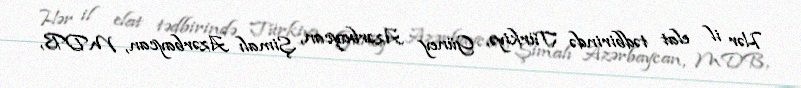
Hər il elat tədbirində Türkiyə, Güney Azərbaycan, Şimalı Azərbaycan, MDB,